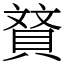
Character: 䝺